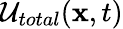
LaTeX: \mathcal{U}_{total}(\textbf{{x}},t)